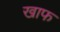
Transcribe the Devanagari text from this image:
खाफ